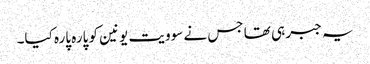
یہ جبر ہی تھا جس نے سوویت یونین کو پارہ پارہ کیا۔